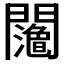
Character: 𨷉